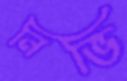
নিভি